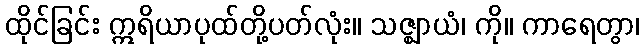
ထိုင်ခြင်း ဣရိယာပုထ်တို့ပတ်လုံး။ သဇ္ဈာယံ၊ ကို။ ကာရေတွာ၊